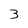
Character: 3